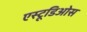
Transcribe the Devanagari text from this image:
एस्टूडिओस